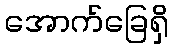
အောက်ခြေရှိ